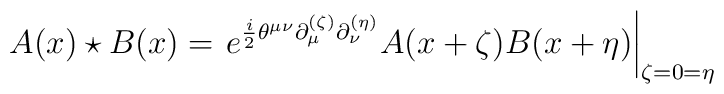
A(x)\star B(x) = \left.e^{\frac{i}{2}\theta^{\mu\nu}\partial_{\mu}^{(\zeta)}\partial_{\nu}^{(\eta)}}A(x+\zeta)B(x+\eta)\right|_{\zeta=0=\eta}